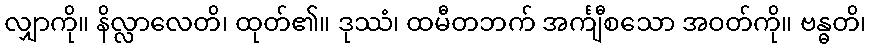
လျှာကို။ နိလ္လာလေတိ၊ ထုတ်၏။ ဒုဿံ၊ ထမီတဘက် အင်္ကျီစသော အဝတ်ကို။ ဗန္ဓတိ၊